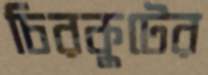
চিরকুটের